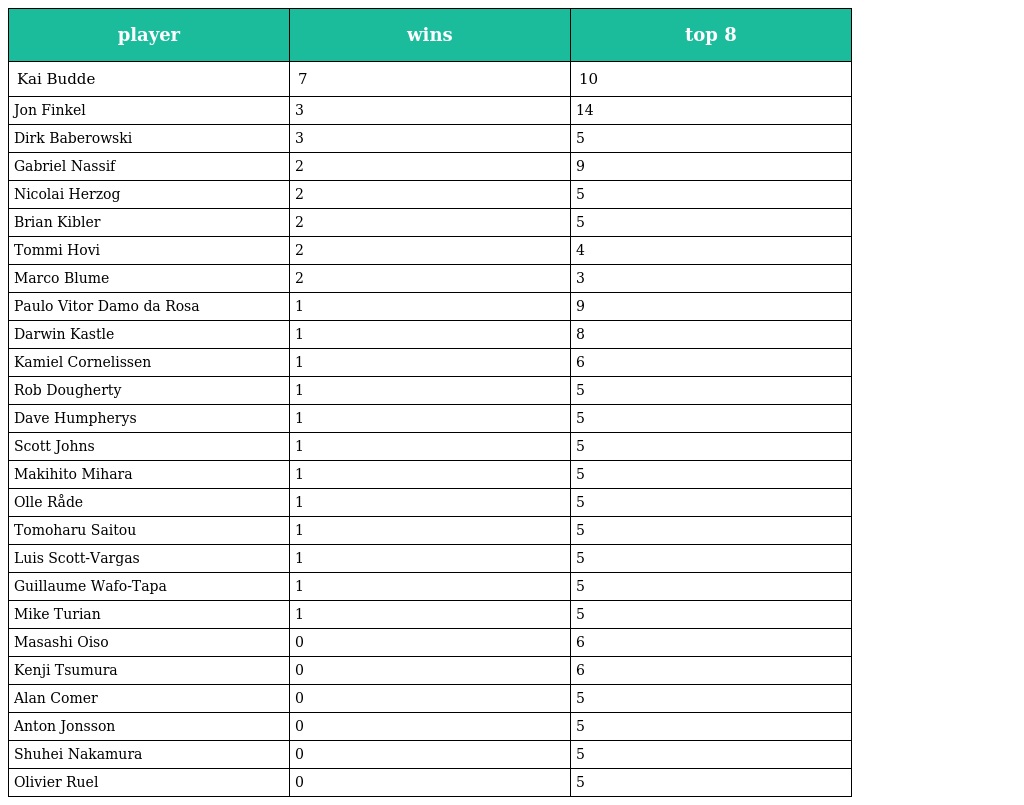
| player | wins | top 8 |
 | --- | --- | --- |
 | Kai Budde | 7 | 10 |
 | Jon Finkel | 3 | 14 |
 | Dirk Baberowski | 3 | 5 |
 | Gabriel Nassif | 2 | 9 |
 | Nicolai Herzog | 2 | 5 |
 | Brian Kibler | 2 | 5 |
 | Tommi Hovi | 2 | 4 |
 | Marco Blume | 2 | 3 |
 | Paulo Vitor Damo da Rosa | 1 | 9 |
 | Darwin Kastle | 1 | 8 |
 | Kamiel Cornelissen | 1 | 6 |
 | Rob Dougherty | 1 | 5 |
 | Dave Humpherys | 1 | 5 |
 | Scott Johns | 1 | 5 |
 | Makihito Mihara | 1 | 5 |
 | Olle Råde | 1 | 5 |
 | Tomoharu Saitou | 1 | 5 |
 | Luis Scott-Vargas | 1 | 5 |
 | Guillaume Wafo-Tapa | 1 | 5 |
 | Mike Turian | 1 | 5 |
 | Masashi Oiso | 0 | 6 |
 | Kenji Tsumura | 0 | 6 |
 | Alan Comer | 0 | 5 |
 | Anton Jonsson | 0 | 5 |
 | Shuhei Nakamura | 0 | 5 |
 | Olivier Ruel | 0 | 5 |